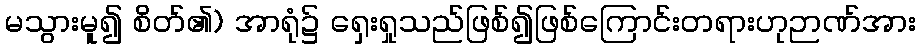
မသွားမူ၍ စိတ်၏) အာရုံ၌ ရှေးရှုသည်ဖြစ်၍ဖြစ်ကြောင်းတရားဟုဉာဏ်အား